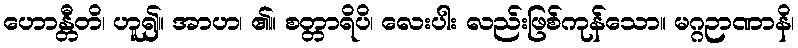
ဟောန္တီတိ၊ ဟူ၍။ အာဟ၊ ၏။ စတ္တာရိပိ၊ လေးပါး လည်းဖြစ်ကုန်သော။ မဂ္ဂဉာဏာနိ၊